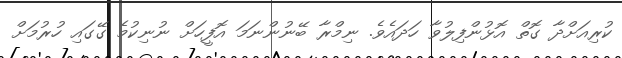
ކުރިއަށްދާ ގޮތް އޮޅުންފިލުވާ ހަދައެވެ. ނިމްރާ ބޭނުންނަމަ އޮފީހަށް ނުނިކުމެ ގޭގައި ހުރުމަށް